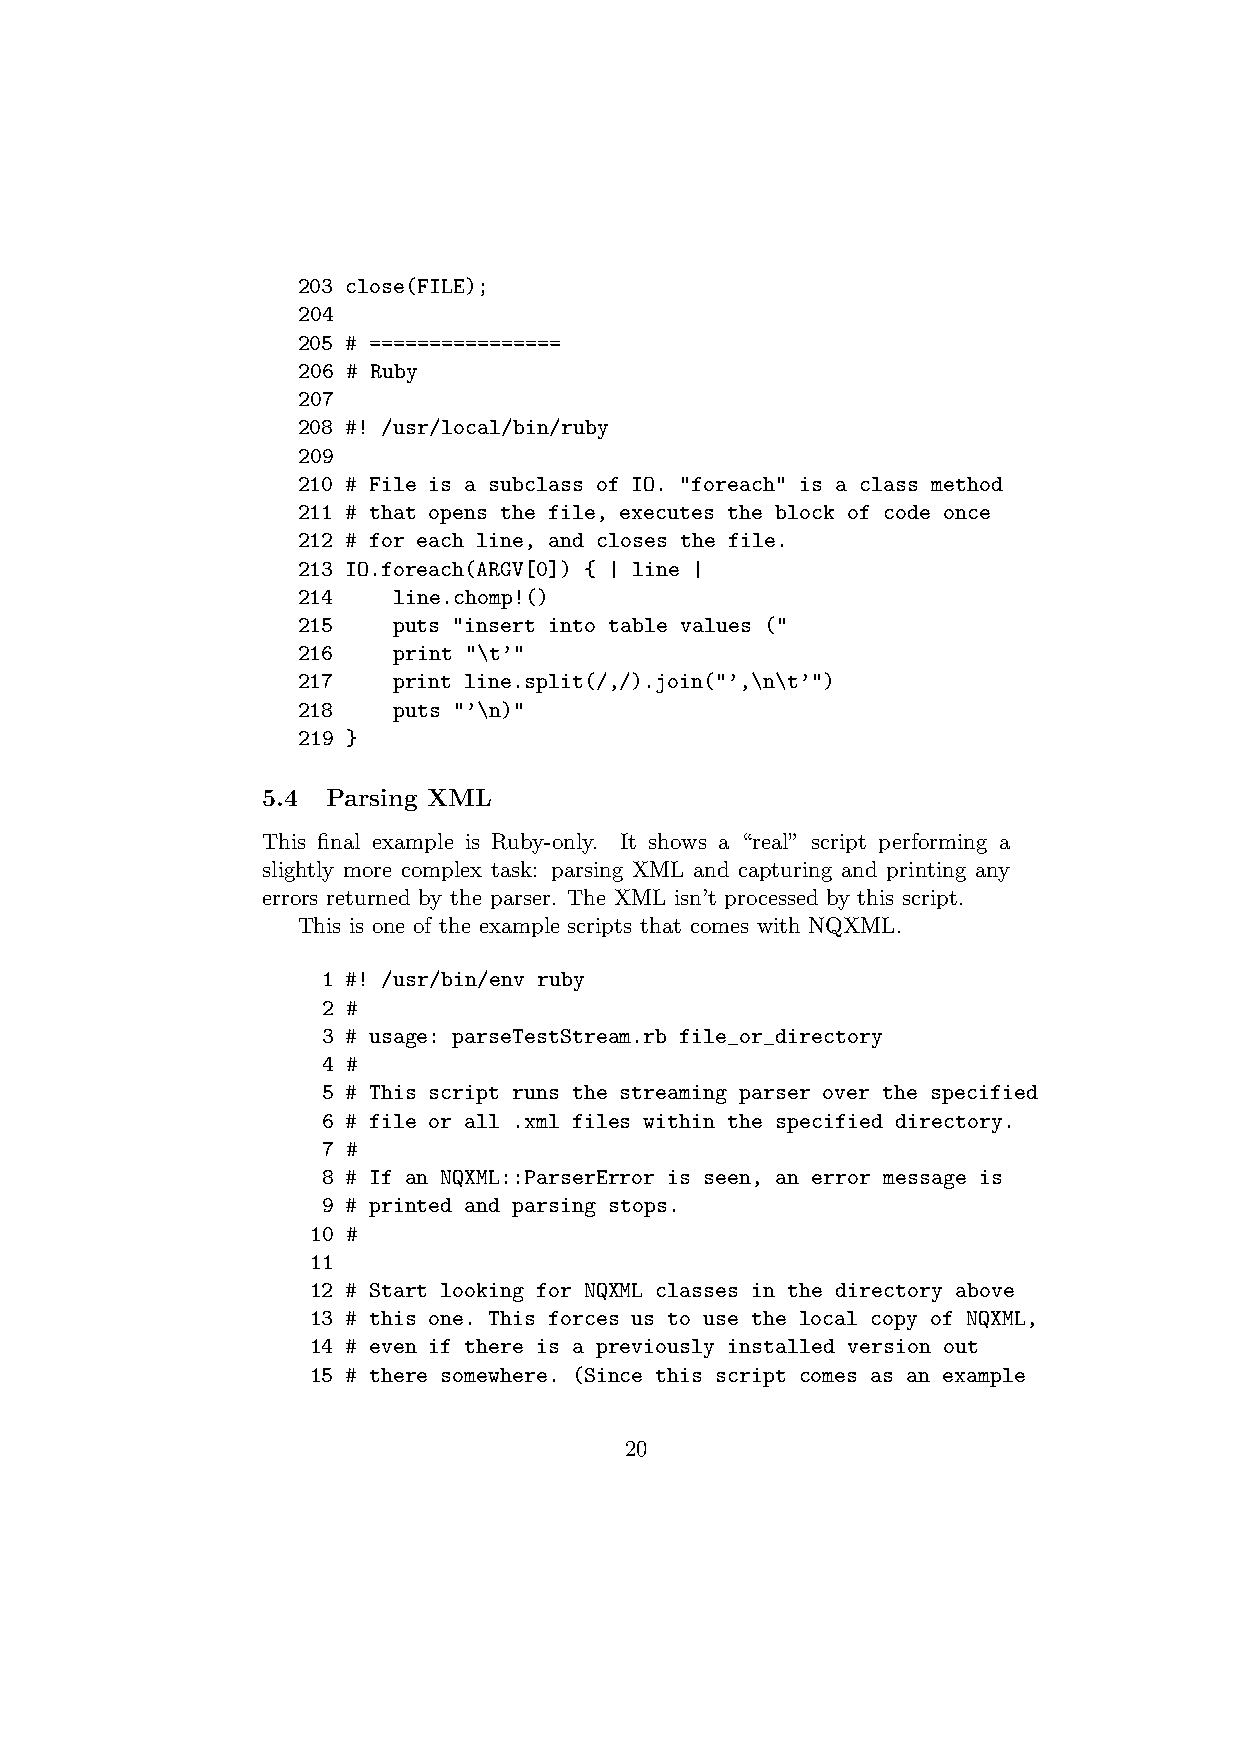
203 close(FILE);
 204
 205 # ================
 206 # Ruby
 207
 208 #! /usr/local/bin/ruby
 209
 210 # File is a subclass of IO. "foreach" is a class method
 211 # that opens the file, executes the block of code once
 212 # for each line, and closes the file.
 213 IO.foreach(ARGV[0]) { | line |
 214   line.chomp!()
 215   puts "insert into table values ("
 216   print "\t’"
 217   print line.split(/,/).join("’,\n\t’")
 218   puts "’\n)"
 219 }
 5.4  Parsing XML
 This final example is Ruby-only. It shows a “real” script performing a
 slightly more complex task: parsing XML and capturing and printing any
 errors returned by the parser. The XML isn’t processed by this script.
 This is one of the example scripts that comes with NQXML.
 1 #! /usr/bin/env ruby
 2 #
 3 # usage: parseTestStream.rb file_or_directory
 4 #
 5 # This script runs the streaming parser over the specified
 6 # file or all .xml files within the specified directory.
 7 #
 8 # If an NQXML::ParserError is seen, an error message is
 9 # printed and parsing stops.
 10 #
 11
 12 # Start looking for NQXML classes in the directory above
 13 # this one. This forces us to use the local copy of NQXML,
 14 # even if there is a previously installed version out
 15 # there somewhere. (Since this script comes as an example
 20